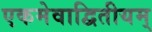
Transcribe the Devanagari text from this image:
एकमेवाद्वितीयम्‌